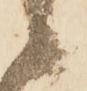
候